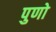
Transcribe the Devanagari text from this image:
पुणो